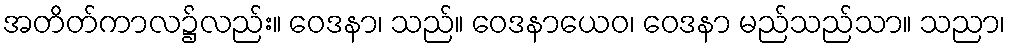
အတိတ်ကာလ၌လည်း။ ဝေဒနာ၊ သည်။ ဝေဒနာယေဝ၊ ဝေဒနာ မည်သည်သာ။ သညာ၊